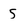
Character: 5